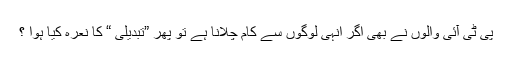
پی ٹی آئی والوں نے بھی اگر انہی لوگوں سے کام چلانا ہے تو پھر ”تبدیلی “ کا نعرہ کیا ہوا ؟